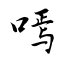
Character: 嘕